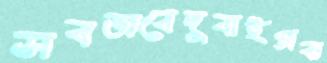
সবভাবেদুবাইপ্রবা